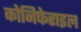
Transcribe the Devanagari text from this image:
कोनिफेराइल